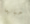
حياتهما